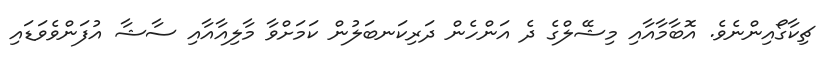
ޗިކާގޯއިންނެވެ. އޮބާމާއާއި މިޝޭލްގެ ދެ އަންހެން ދަރިކަނބަލުން ކަމަށްވާ މާލިއާއާއި ސާޝާ އުފަންވެވަޑައި